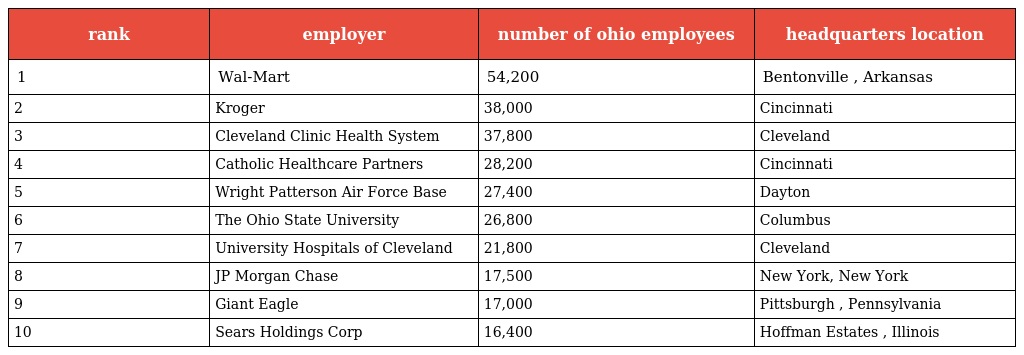
| rank | employer | number of ohio employees | headquarters location |
 | --- | --- | --- | --- |
 | 1 | Wal-Mart | 54,200 | Bentonville , Arkansas |
 | 2 | Kroger | 38,000 | Cincinnati |
 | 3 | Cleveland Clinic Health System | 37,800 | Cleveland |
 | 4 | Catholic Healthcare Partners | 28,200 | Cincinnati |
 | 5 | Wright Patterson Air Force Base | 27,400 | Dayton |
 | 6 | The Ohio State University | 26,800 | Columbus |
 | 7 | University Hospitals of Cleveland | 21,800 | Cleveland |
 | 8 | JP Morgan Chase | 17,500 | New York, New York |
 | 9 | Giant Eagle | 17,000 | Pittsburgh , Pennsylvania |
 | 10 | Sears Holdings Corp | 16,400 | Hoffman Estates , Illinois |